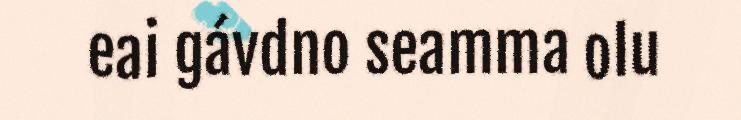
eai gávdno seamma olu